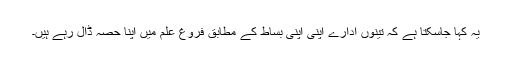
یہ کہا جاسکتا ہے کہ تینوں ادارے اپنی اپنی بساط کے مطابق فروغِ علم میں اپنا حصہ ڈال رہے ہیں۔